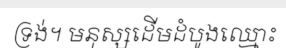
ទ្រង់។ មនុស្សដើមដំបូងឈ្មោះ